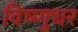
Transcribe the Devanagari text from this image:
विष्णुधर